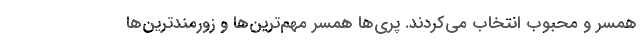
همسر و محبوب انتخاب می‌کردند. پری‌ها همسر مهم‌ترین‌ها و زورمند‌ترین‌ها